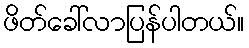
ဖိတ်ခေါ်လာပြန်ပါတယ်။